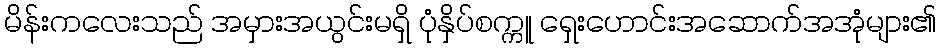
မိန်းကလေးသည် အမှားအယွင်းမရှိ ပုံနှိပ်စက္ကူ ရှေးဟောင်းအဆောက်အအုံများ၏